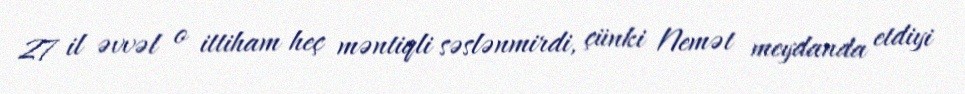
27 il əvvəl o ittiham heç məntiqli səslənmirdi, çünki Nemət meydanda etdiyi